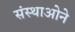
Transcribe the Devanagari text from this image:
संस्थाओने